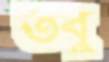
তবু